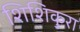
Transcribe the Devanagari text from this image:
शिशिकुरा